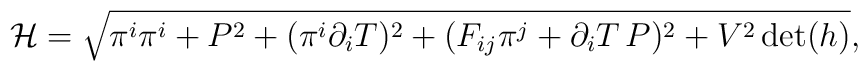
{\cal H}=\sqrt{ \pi^i\pi^i +P^2+(\pi^i\partial_i T)^2 + (F_{ij}\pi^j+\partial_i T\, P)^2 +V^2\det(h)} ,